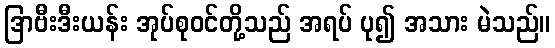
ဒြာဗီးဒီးယန်း အုပ်စုဝင်တို့သည် အရပ် ပု၍ အသား မဲသည်။